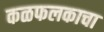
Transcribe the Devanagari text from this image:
कळफलकाचा